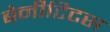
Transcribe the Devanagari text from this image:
बेनीटिटस